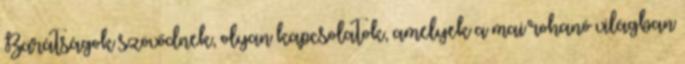
Barátságok szövődnek, olyan kapcsolatok, amelyek a mai rohanó világban